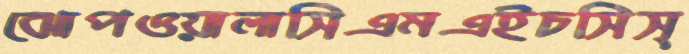
ঝোপওয়ালাসিএমএইচসিস্